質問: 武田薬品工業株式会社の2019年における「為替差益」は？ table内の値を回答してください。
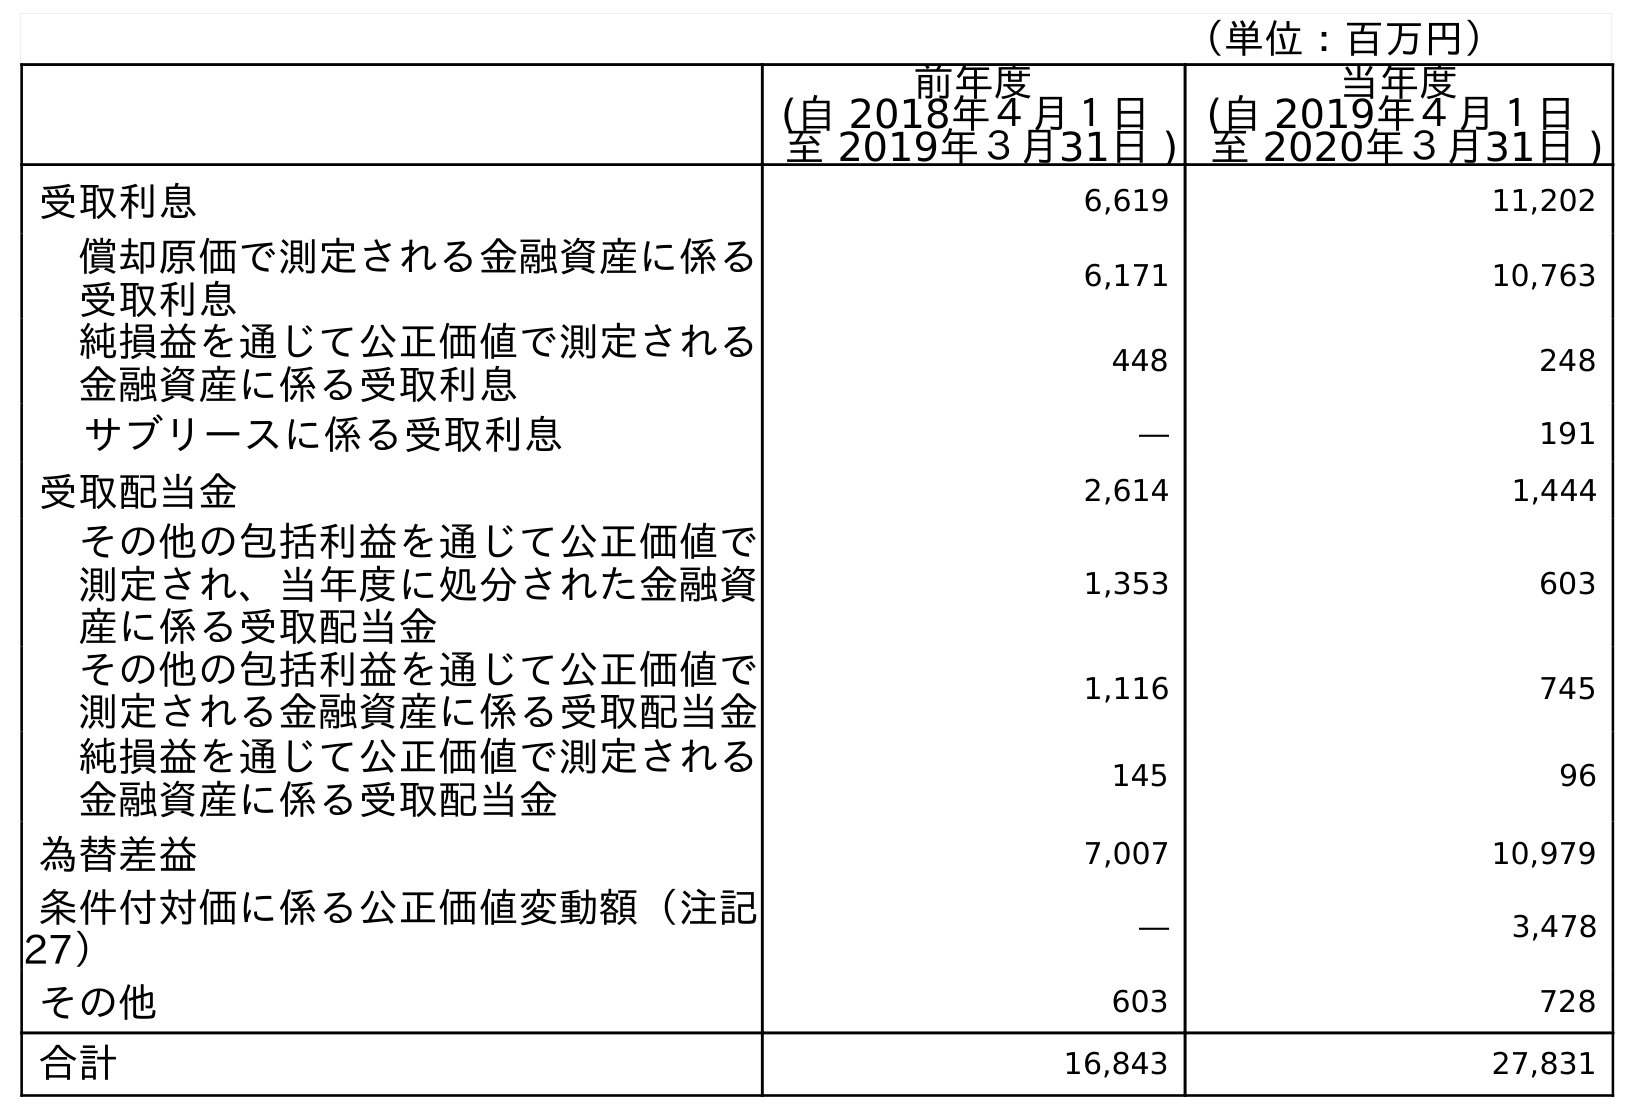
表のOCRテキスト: （単位：百万円） 前年度 (自 2018年４月１日 至 2019年３月31日 ) 当年度 (自 2019年４月１日 至 2020年３月31日 ) 受取利息 6,619 11,202 償却原価で測定される金融資産に係る 受取利息 6,171 10,763 純損益を通じて公正価値で測定される 金融資産に係る受取利息 448 248 サブリースに係る受取利息 ― 191 受取配当金 2,614 1,444 その他の包括利益を通じて公正価値で 測定され、当年度に処分された金融資 産に係る受取配当金 1,353 603 その他の包括利益を通じて公正価値で 測定される金融資産に係る受取配当金 1,116 745 純損益を通じて公正価値で測定される 金融資産に係る受取配当金 145 96 為替差益 7,007 10,979 条件付対価に係る公正価値変動額（注記 27） ― 3,478 その他 603 728 合計 16,843 27,831
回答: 7,007